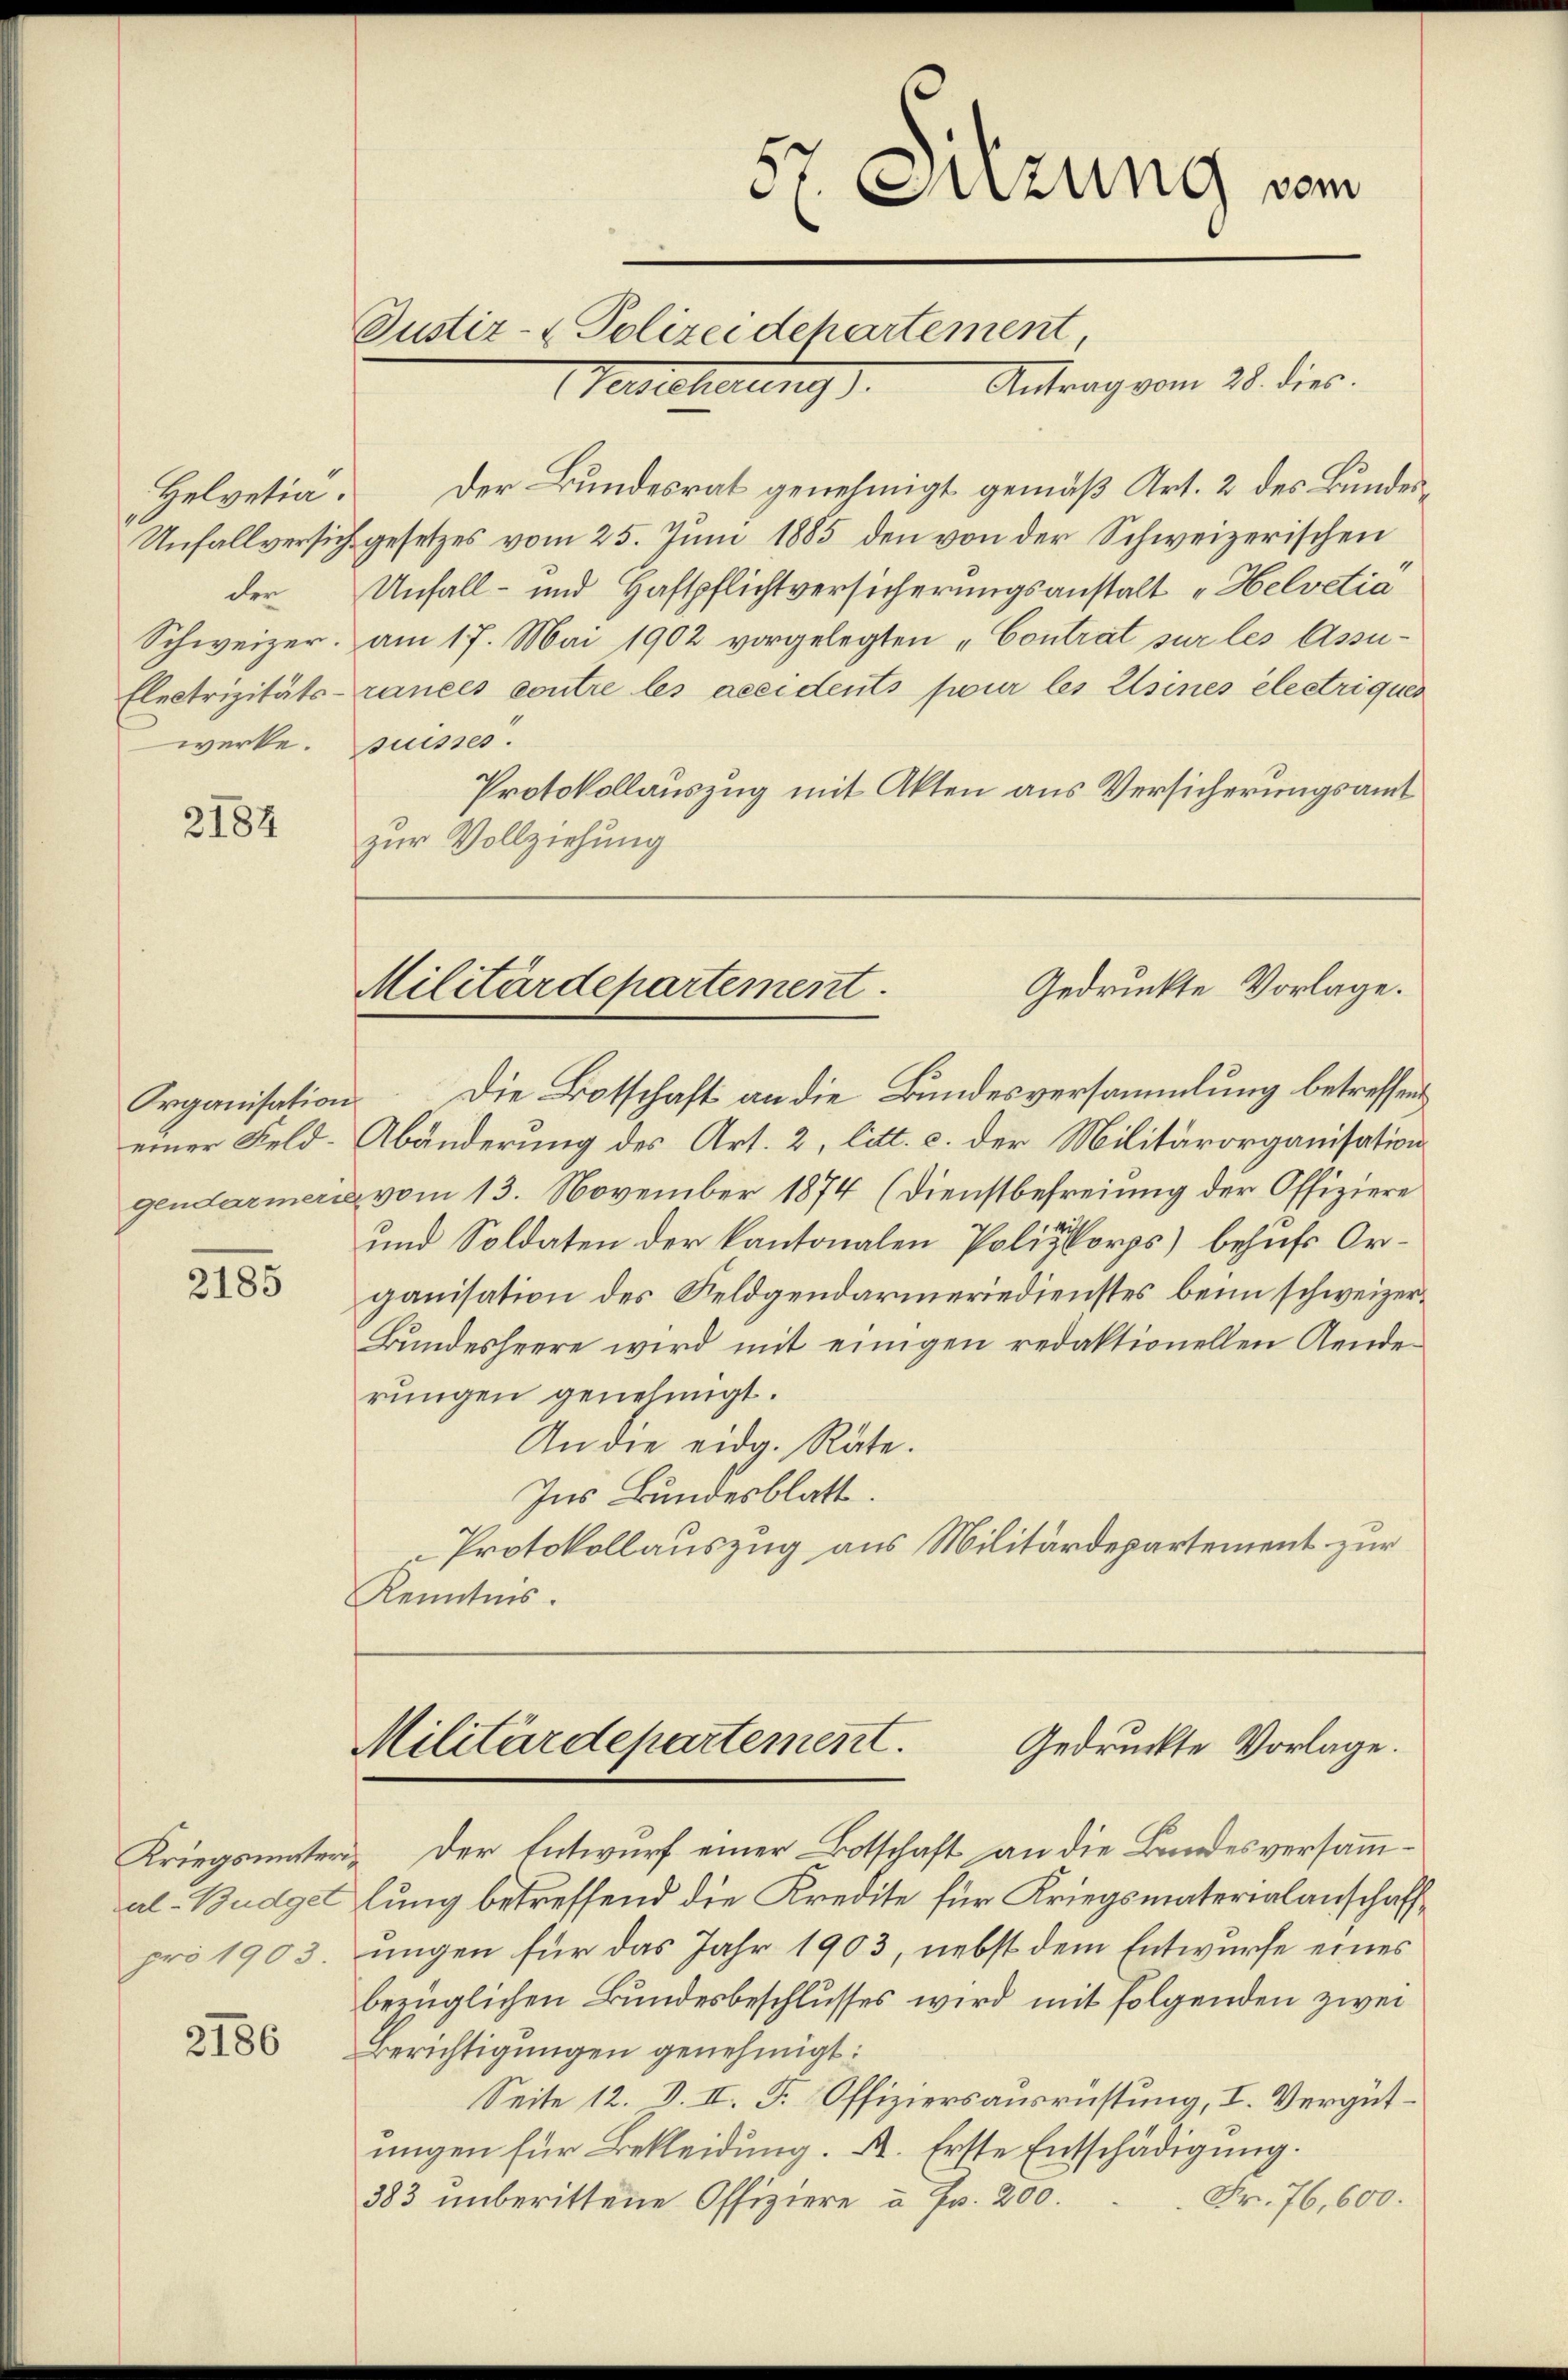
Helvetia.
werke. Suisses.

2184

einer Feld¬

2185

al-Büdget
pro 1903.

2186

57 Sitzung vom
Justiz- & Polizei Departement
Antrag vom 28. dies.
Gerlicherung).

zur Vollziehung

Gedruckte Vorlage.
Militärdepartement.

Der Bundesrat genehmigt gemäß Art. 2 des Bundes¬
Unfallversich gesetzes vom 25. Juni 1885 den von der Schweizerischen
der Unfall- und Haftpflichtversicherungsanstalt "Helvetia
Schweizer. am 17. Mai 1902 vorgelegten „Contrat sur les Assu¬
Electrizitäts-rances contre les accidents pour les Elsines electriques
Protokollauszug mit Akten aus Versicherungsamt
Organisation. Die Botschaft an die Bundesversammlung betreffend
Abänderung des Art. 2, litt. c. der Militärorganisation
gendarmer vom 13. November 1874 (Dienstbefreiung der Offiziere
und Soldaten der kantonalen Polizkorps) behufs Organisation des Feldgendarmeriedienstes beim schweizer¬
Bŭndesheere wird mit einigen redaktionellen Aende-
rungen genehmigt.
An die eidg. Räte.
Ins Bundesblatt.
Protokollauszug aus Militärdepartement zur
Kenntnis.
Militärdepartement.
Gedruckte Vorlage.
Kriegsmater, der Entwurf einer Botschaft an die Bandesversammlung betreffend die Kredite für Kriegsmaterialanschaffungen für das Jahr 1903, nebst dem Entwurfe eines
bezüglichen Bundesbeschlusses wird mit folgenden zwei
Berichtigungen genehmigt:
Seite 12. d. II. F. Offiziersausrüstung, I. Vergütŭngen für Bekleidung. A. Erste Entschädigung.
Fr. 76,600.
383 unberittene Offiziere à Fr. 200.